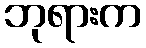
ဘုရားက